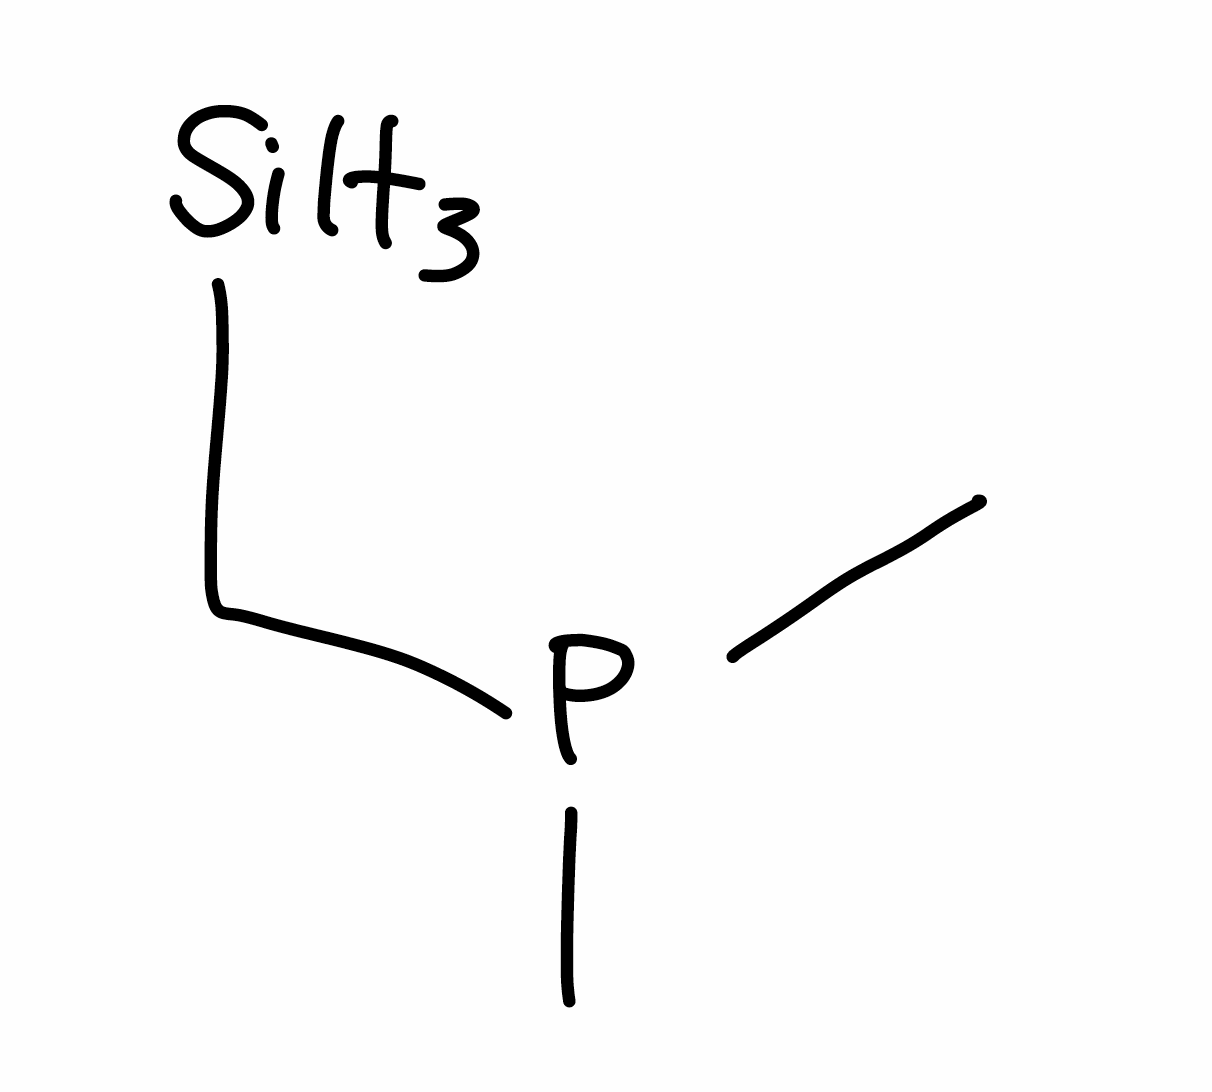
Simplified molecular-input line-entry system (SMILES) notation of the given molecule:
CP(C)C[SiH3]